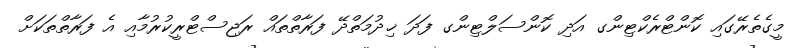
މީގެތެރޭގައި ކޮންޓްރެކްޓިންގ އަދި ކޮންސަލްޓިންގ ފަދަ ޚިދުމަތްދޭ ފަރާތްތައް ރަޖިސްޓްރީކުރުމާއި އެ ފަރާތްތަކަށް